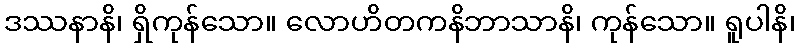
ဒဿနာနိ၊ ရှိကုန်သော။ လောဟိတကနိဘာသာနိ၊ ကုန်သော။ ရူပါနိ၊